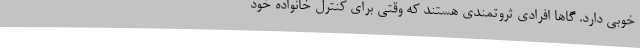
خوبی دارد. گاها افرادی ثروتمندی هستند که وقتی برای کنترل خانواده خود